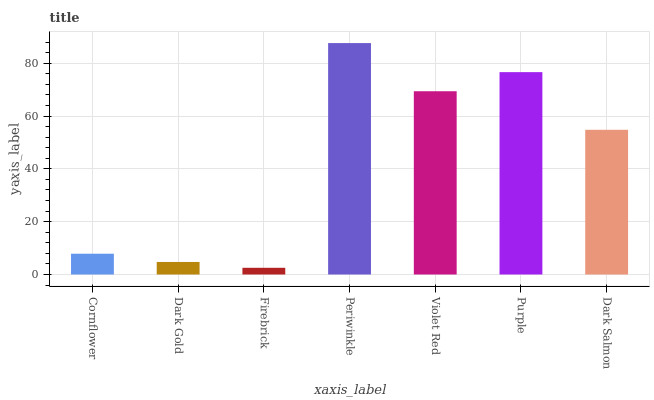
| xaxis_label | bars |
 | --- | --- |
 | Cornflower | 7.87 |
 | Dark Gold | 4.74 |
 | Firebrick | 2.54 |
 | Periwinkle | 87.6 |
 | Violet Red | 69.4 |
 | Purple | 76.6 |
 | Dark Salmon | 54.8 |